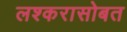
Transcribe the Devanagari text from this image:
लश्करासोबत